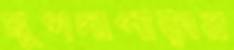
মুগদাপাড়ার